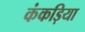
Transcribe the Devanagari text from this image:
कंकड़िया